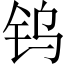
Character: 钨